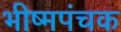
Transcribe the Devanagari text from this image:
भीष्मपंचक